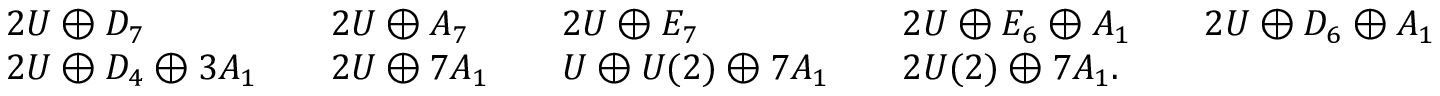
\begin{array} { r l r l r l r l r l r } & { 2 U \oplus D _ { 7 } } & & { 2 U \oplus A _ { 7 } } & & { 2 U \oplus E _ { 7 } } & & { 2 U \oplus E _ { 6 } \oplus A _ { 1 } } & & { 2 U \oplus D _ { 6 } \oplus A _ { 1 } } & \\ & { 2 U \oplus D _ { 4 } \oplus 3 A _ { 1 } } & & { 2 U \oplus 7 A _ { 1 } } & & { U \oplus U ( 2 ) \oplus 7 A _ { 1 } } & & { 2 U ( 2 ) \oplus 7 A _ { 1 } . } & \end{array}